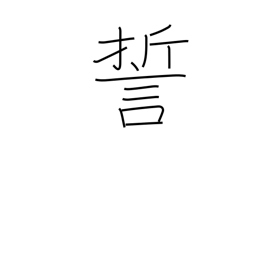
Meaning: swear